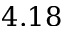
4 . 1 8